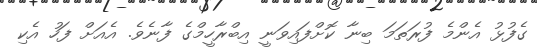
ގެފުޅު އެންމެ ފުރަތަމަ ބިނާ ކޮށްފައިވަނީ އިބްރާހީމްގެ ފާނެވެ. އެއަށް ފަހު އެކި